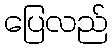
ပြေလည်